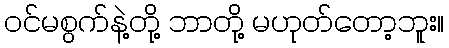
ဝင်မစွက်နဲ့တို့ ဘာတို့ မဟုတ်တော့ဘူး။